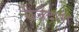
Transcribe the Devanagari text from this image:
रोजंदारी